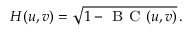
H ( u , v ) = \sqrt { 1 - \textsc { B C } ( u , v ) } \, .